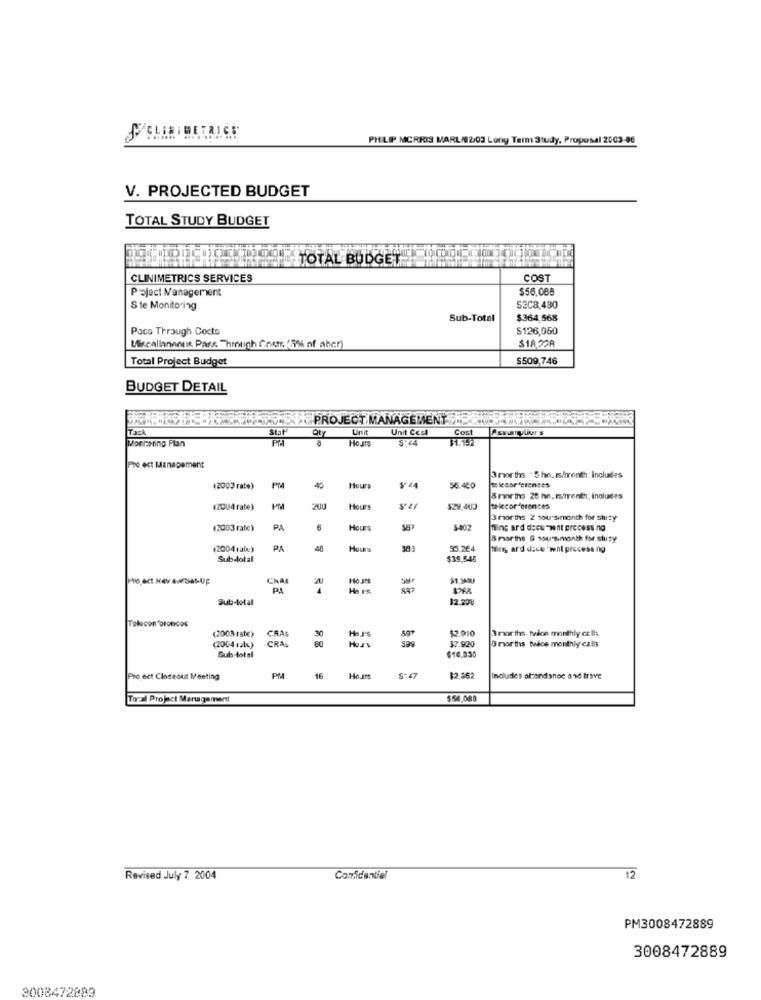
PHILIP MORRIS MARL/02/03 Long Term Study, Proposal 2003-06
V. PROJECTED BUDGET
TOTAL STUDY BUDGET
TOTAL BUDGET
CLINIMETRICS SERVICES
COST
Project Management
$56,088
Ste Monitoring
SEC8,480
Sub-Total
$364,568
Paco Through Cocta
$126,050
$18.32A
Miscellaneous Pars Through Gnem (5% of aber)
Total Project Budget
$509.746
BUDGET DETAIL
PROJECT MANAGEMENT
ITask
Unit
Unit Ccsl
Cost
Monhasting Plan
Hours
$1.16H
Project Management
3 months . She. Is/month: includes
(2003 rate)
Hours
36.460
teleconferences
3 months 25 he. m/month: Includes
(2004 rate)
Hours
SZ8.403
telecorferences
3months 2 1ou's month for stuzy
(2003 rate)
PA
Hours
ming ard docu -mont process ng
B months & sou'smonth for stuty
(2004sale)
PA
35.264
hing ard dice "went process ng
Sub-total
$39,545
CHAI
Ho.JM
PA
Ha P's
Sub-total
32.208
Tolcon broncos
CRAS
He J'$
$2.910
3 months twice monthly cells
(2003 rate)
CRAS
30
37.920
O norths twice monthly calls
(2004 1alx)
Sub-total
80
$10,030
Ho.Its
Pro ect Closeout Meeting
16
$2.362
Includes atendance and trave
Tocal Project Management
$54.088
Revised July 7 2004
Confidential
12
PM3008472889
3008472889
3008472883